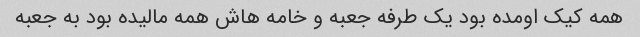
همه کیک اومده بود یک طرفه جعبه و خامه هاش همه مالیده بود به جعبه